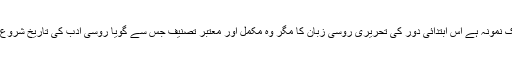
یہ بھی ایک نمونہ ہے اس ابتدائی دور کی تحریری روسی زبان کا مگر وہ مکمل اور معتبر تصنیف جس سے گویا روسی ادب کی تاریخ شروع ہوتی ہے۔